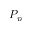
P _ { p }